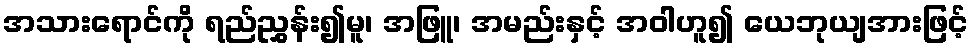
အသားရောင်ကို ရည်ညွှန်း၍မူ၊ အဖြူ၊ အမည်းနှင့် အဝါဟူ၍ ယေဘုယျအားဖြင့်